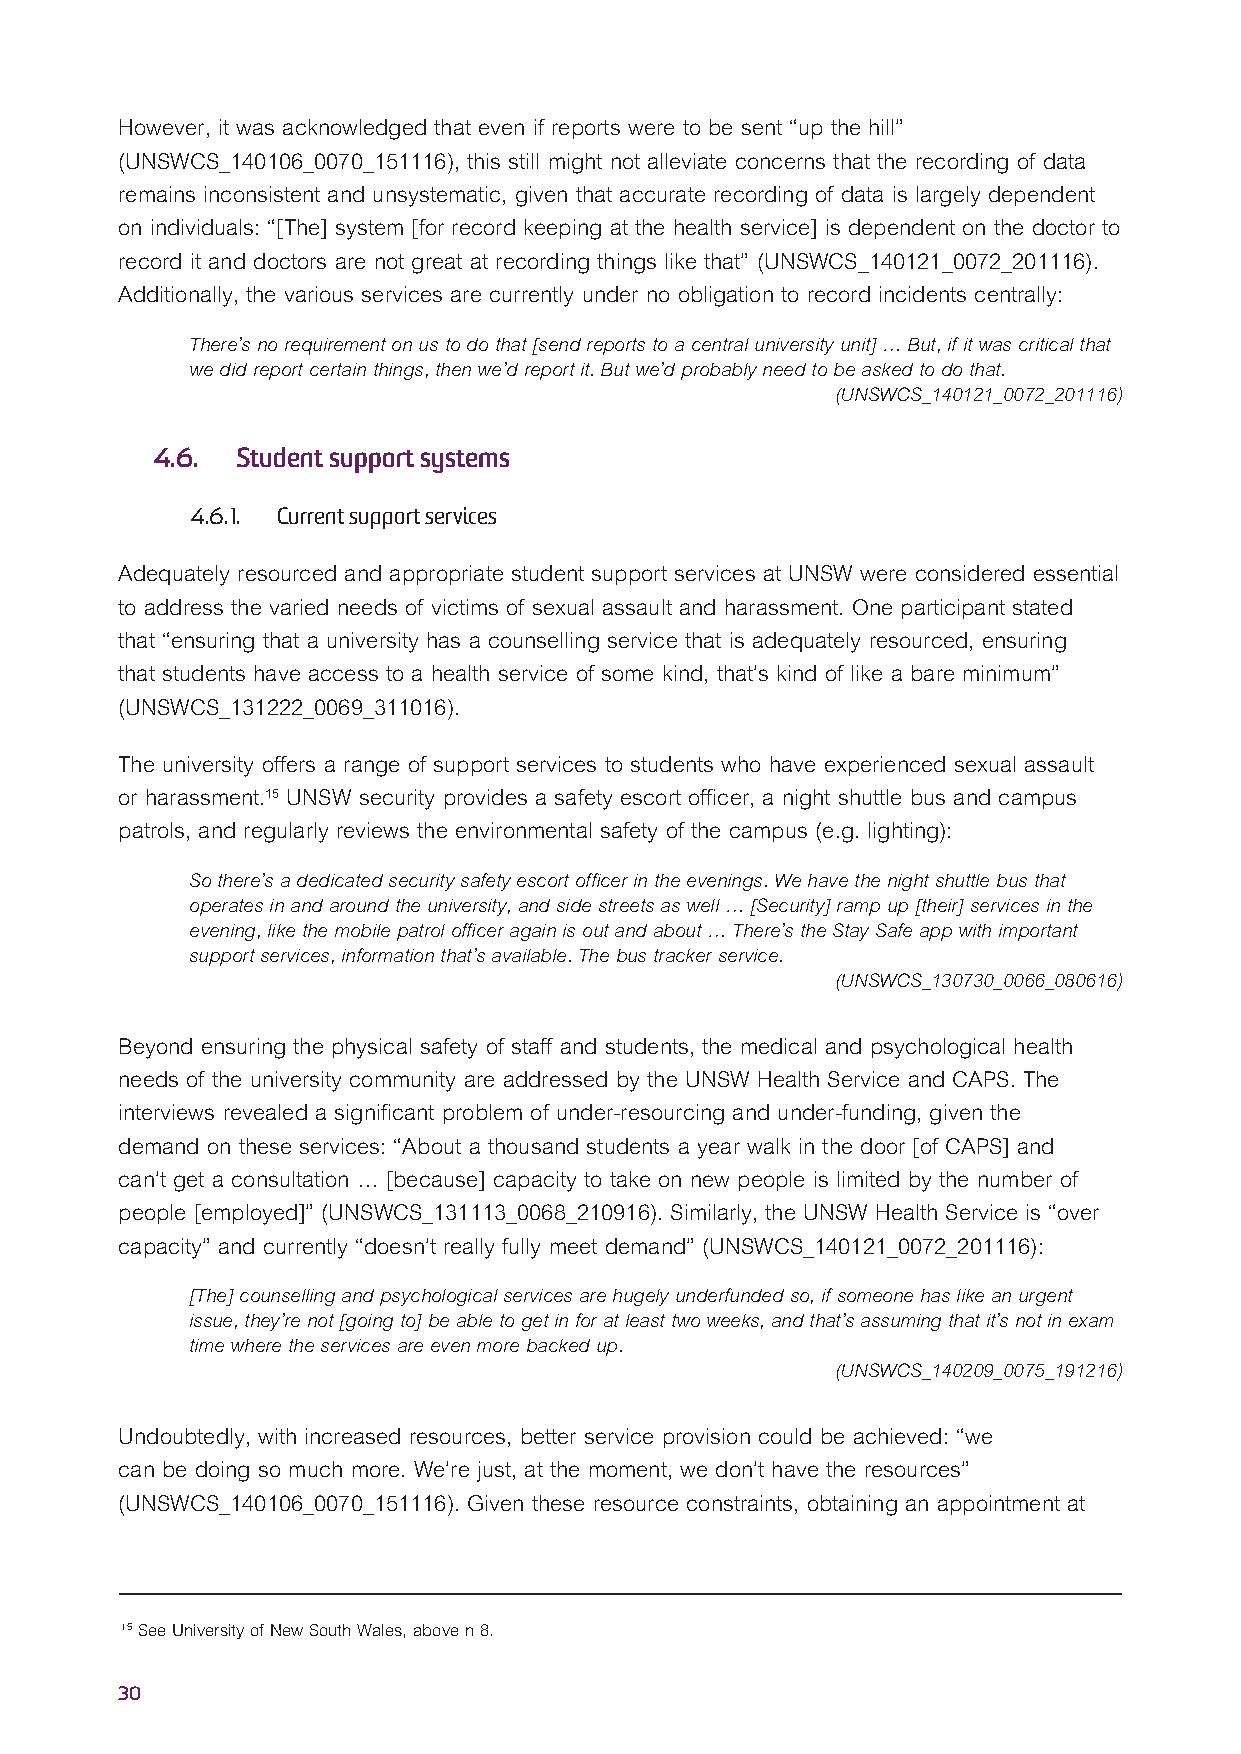
However, it was acknowledged that even if reports were to be sent “up the hill”
 (UNSWCS_140106_0070_151116), this still might not alleviate concerns that the recording of data
 remains inconsistent and unsystematic, given that accurate recording of data is largely dependent
 on individuals: “[The] system [for record keeping at the health service] is dependent on the doctor to
 record it and doctors are not great at recording things like that” (UNSWCS_140121_0072_201116).
 Additionally, the various services are currently under no obligation to record incidents centrally:
 There’s no requirement on us to do that [send reports to a central university unit] … But, if it was critical that
 we did report certain things, then we’d report it. But we’d probably need to be asked to do that.
 (UNSWCS_140121_0072_201116)
 4.6.  Student support systems
 4.6.1. Current support services
 Adequately resourced and appropriate student support services at UNSW were considered essential
 to address the varied needs of victims of sexual assault and harassment. One participant stated
 that “ensuring that a university has a counselling service that is adequately resourced, ensuring
 that students have access to a health service of some kind, that’s kind of like a bare minimum”
 (UNSWCS_131222_0069_311016).
 The university offers a range of support services to students who have experienced sexual assault
 or harassment.15 UNSW security provides a safety escort officer, a night shuttle bus and campus
 patrols, and regularly reviews the environmental safety of the campus (e.g. lighting):
 So there’s a dedicated security safety escort officer in the evenings. We have the night shuttle bus that
 operates in and around the university, and side streets as well … [Security] ramp up [their] services in the
 evening, like the mobile patrol officer again is out and about … There’s the Stay Safe app with important
 support services, information that’s available. The bus tracker service.
 (UNSWCS_130730_0066_080616)
 Beyond ensuring the physical safety of staff and students, the medical and psychological health
 needs of the university community are addressed by the UNSW Health Service and CAPS. The
 interviews revealed a significant problem of under-resourcing and under-funding, given the
 demand on these services: “About a thousand students a year walk in the door [of CAPS] and
 can’t get a consultation … [because] capacity to take on new people is limited by the number of
 people [employed]” (UNSWCS_131113_0068_210916). Similarly, the UNSW Health Service is “over
 capacity” and currently “doesn’t really fully meet demand” (UNSWCS_140121_0072_201116):
 [The] counselling and psychological services are hugely underfunded so, if someone has like an urgent
 issue, they’re not [going to] be able to get in for at least two weeks, and that’s assuming that it’s not in exam
 time where the services are even more backed up.
 (UNSWCS_140209_0075_191216)
 Undoubtedly, with increased resources, better service provision could be achieved: “we
 can be doing so much more. We’re just, at the moment, we don’t have the resources”
 (UNSWCS_140106_0070_151116). Given these resource constraints, obtaining an appointment at
 15 See University of New South Wales, above n 8.
 30